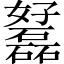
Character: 𡤟